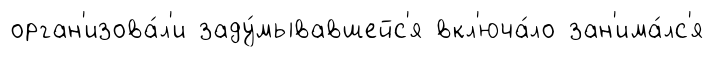
орган'изова́л'и заду́мывавшейс'я вкл'юча́ло зан'има́лс'я